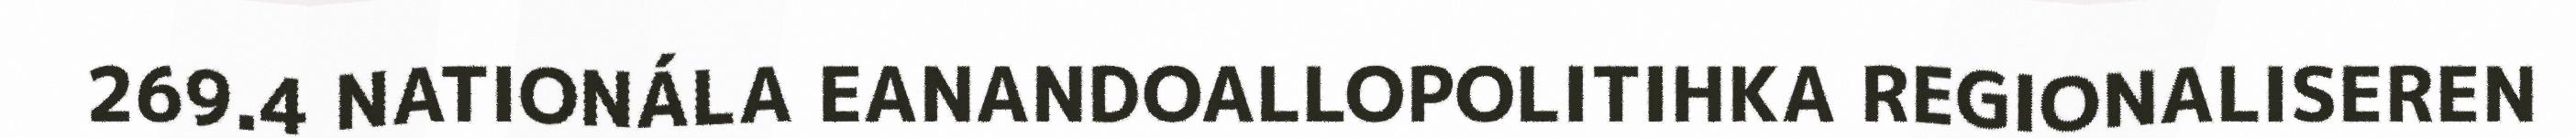
269.4 NATIONÁLA EANANDOALLOPOLITIHKA REGIONALISEREN